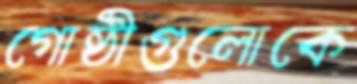
গোষ্ঠীগুলোকে